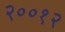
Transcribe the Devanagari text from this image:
२००१२